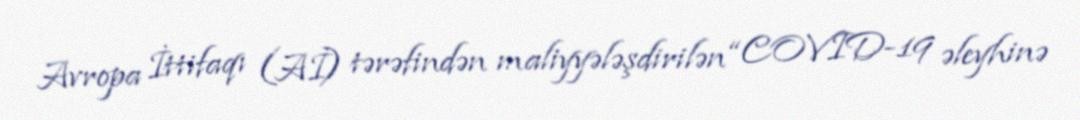
Avropa İttifaqı (Aİ) tərəfindən maliyyələşdirilən “COVID-19 əleyhinə